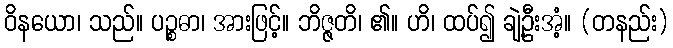
ဝိနယော၊ သည်။ ပဉ္စဓာ၊ အားဖြင့်။ ဘိဇ္ဇတိ၊ ၏။ ဟိ၊ ထပ်၍ ချဲ့ဦးအံ့။ (တနည်း)